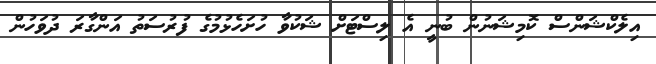
އިލެކްޝަންސް ކޮމިޝަނުން ބުނީ އެ ލިސްޓަށް ޝަކުވާ ހުށަހެޅުމުގެ ފުރުސަތު އަންގާރަ ދުވަހުން